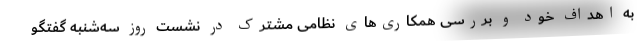
به اهداف خود و بررسی همکاری‌های نظامی مشترک در نشست روز سه‌شنبه گفتگو